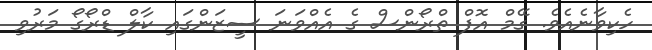
ހެކިވާނެއެވެ. ގޭމް އޮފް ތްރޯންސް ގެ އެއްވަނަ ސީޒަންގައި ކާލް ޑްރޯގޯ މަރުވި